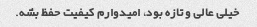
خیلی عالی و تازه بود، امیدوارم کیفیت حفظ بشه.